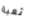
تعبة